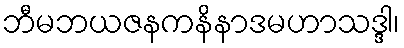
ဘီမဘယဇနကနိနာဒမဟာသဒ္ဒါ၊